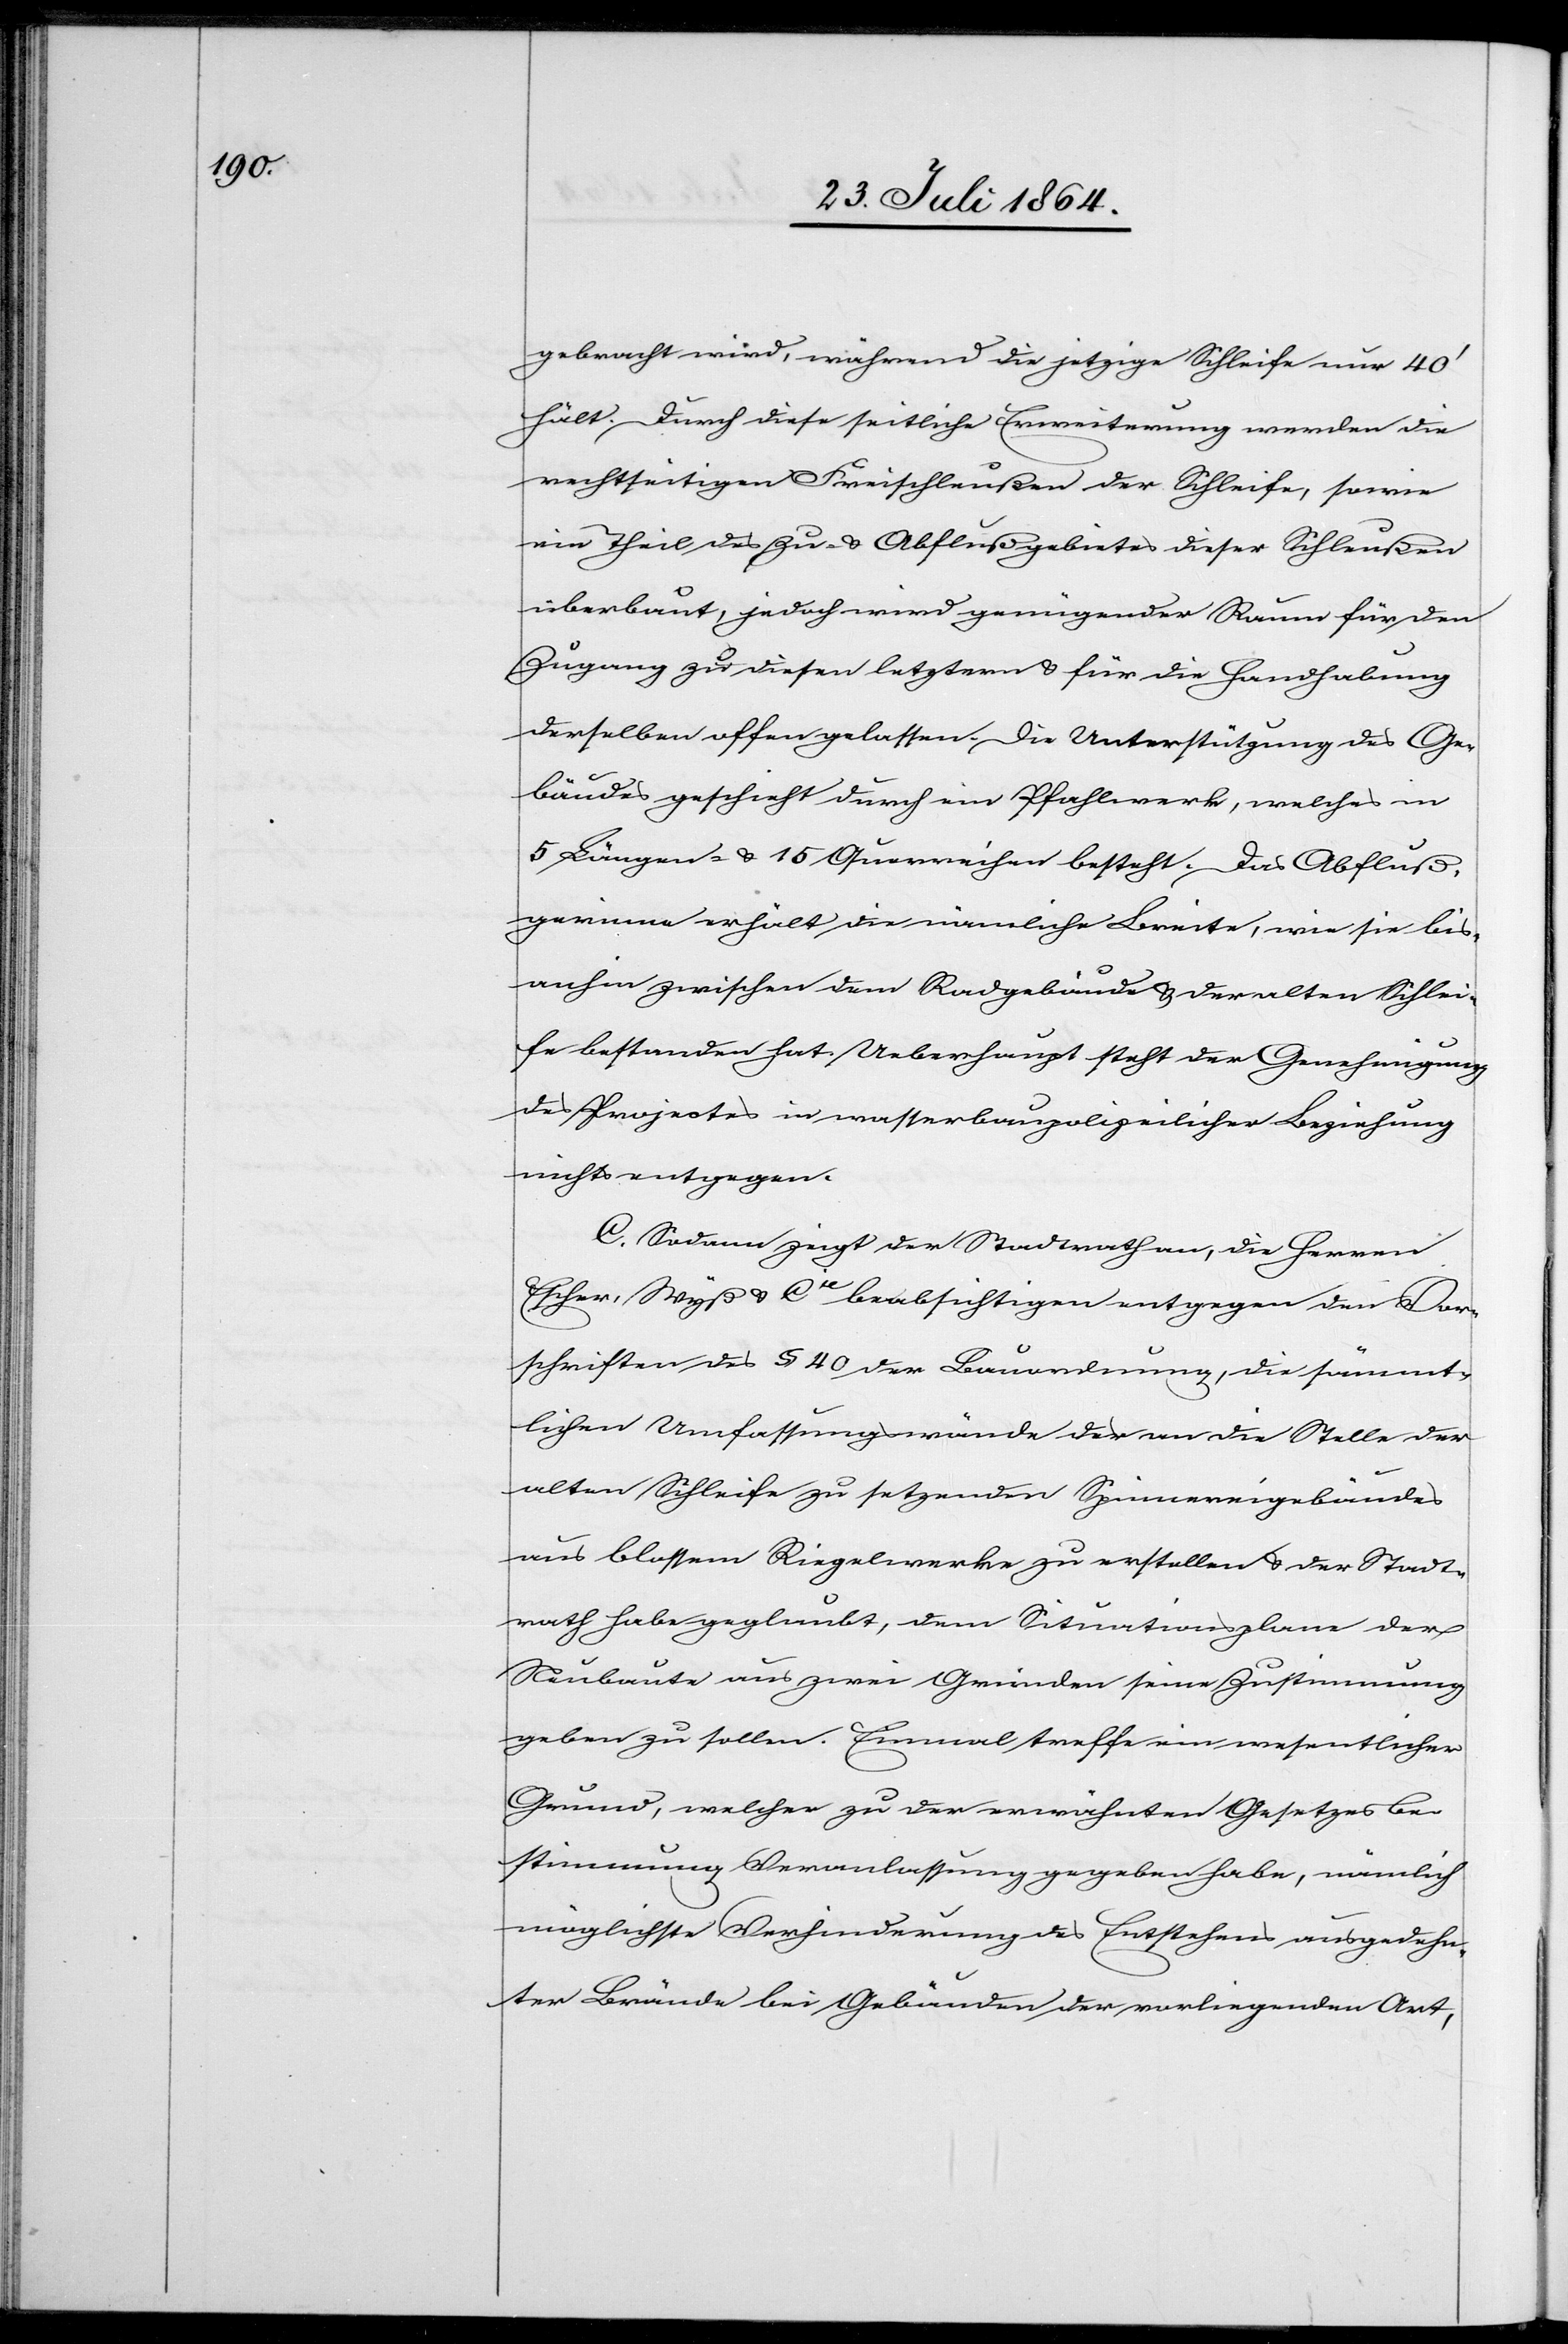
gebracht wird, während die jetzige Schleife nur 40’
hält. Durch diese seitliche Erweiterung werden die
rechts[s]eitigen Freischleußen der Schleife, sowie
ein Theil des Zu- & Abflußgebietes dieser Schleußen
überbaut, jedoch wird genügender Raum für den
Zugang zu diesen letztern & für die Handhabung
derselben offen gelassen. Die Unterstützung des Ge¬
bäudes geschieht durch ein Pfahlwerk, welches in
5 Längen- & 15 Querreihen besteht. Das Abfluß¬
gerinne erhält die nämliche Breite, wie sie bis
anhin zwischen dem Radgebäude & der alten Schlei¬
fe bestanden hat. Ueberhaupt steht der Genehmigung
des Projectes in wasserbaupolizeilicher Beziehung
nichts entgegen.
C. Sodann zeigt der Stadtrath an, die Herren
Escher, Wyß & Cie beabsichtigten entgegen den Vor¬
schriften des § 40 der Bauordnung, die sämmt¬
lichen Umfassungswände des an die Stelle der
alten Schleife zu setzenden Spinnereigebäudes
aus blossem Riegelwerke zu erstellen & der Stadt¬
rath habe geglaubt, dem Situationsplane der
Neubaute aus zwei Gründen seine Zustimmung
geben zu sollen. Einmal treffe ein wesentlicher
Grund, welcher zu der erwähnten Gesetzbe¬
stimmung Veranlassung gegeben habe, nämlich
möglichste Verhinderung des Entstehens ausgedehn¬
ter Brände bei Gebäuden der vorliegenden Art,